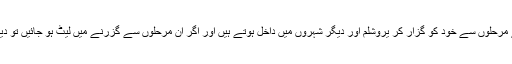
ہرروز صبح شناخت کے مرحلوں سے خود کو گزار کر یروشلم اور دیگر شہروں میں داخل ہوتے ہیں اور اگر اِن مرحلوں سے گزرنے میں لیٹ ہو جائیں تو دیہاڑی گُل کر بیٹھتے ہیں۔